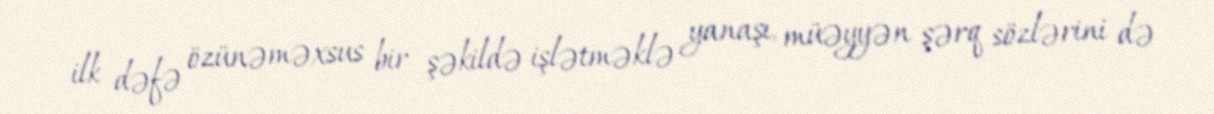
ilk dəfə özünəməxsus bir şəkildə işlətməklə yanaşı, müəyyən şərq sözlərini də